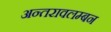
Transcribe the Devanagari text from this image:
अन्तरावलम्बन